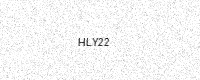
Text: HLY22